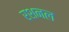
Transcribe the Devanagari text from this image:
रशनल